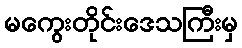
မကွေးတိုင်းဒေသကြီးမှ